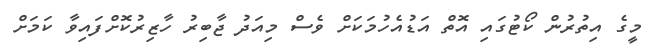
މީގެ އިތުރުން ކޯޓުގައި އޮތް އަޑުއެހުމަކަށް ވެސް މިއަދު ޖާބިރު ހާޒިރުކޮށްފައިވާ ކަމަށް